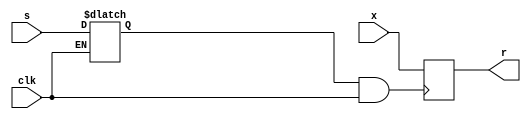
module test1
(
  input x,
  input s,
  input clk,
  output reg r
);

  wire new_clk;
  reg new_enable;
  assign new_clk = (new_enable & clk);

  always @(clk or s) begin
    if(~clk) new_enable <= s; 
    else new_enable <= new_enable;
  end


  always @(posedge new_clk) r <= x;


endmodule